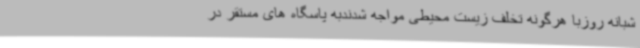
شبانه روزبا هرگونه تخلف زیست محیطی مواجه شدندبه پاسگاه های مستقر در